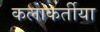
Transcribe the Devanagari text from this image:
कलाकर्तीया